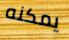
يمكنه